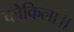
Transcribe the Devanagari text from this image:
कोकिला॥